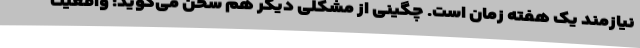
نیازمند یک هفته زمان است. چگینی از مشکلی دیگر هم سخن می‌گوید: واقعیت